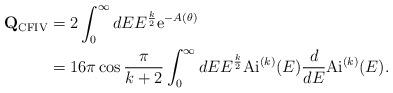
LaTeX: \begin{align*}{\mathbf Q}_{\rm CFIV}&= 2\int_{0}^{\infty} dE E^{\frac{k}{2}} {\rm e}^{-A(\theta)} \\&=16 \pi \cos \frac{\pi}{k+2} \int_0^{\infty} dE E^{\frac{k}{2}} {\rm Ai}^{(k)}(E) \frac{d}{dE} {\rm Ai}^{(k)}(E).\end{align*}